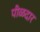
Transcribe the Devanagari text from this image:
पीळदार